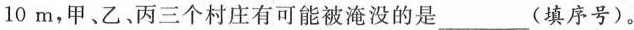
10m,甲、乙、丙三个村庄有可能被淹没的是___(填序号)。